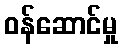
ဝန်ဆောင်မှု